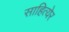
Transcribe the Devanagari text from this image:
साहित्येर